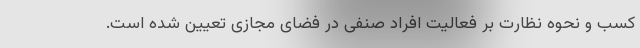
کسب و نحوه نظارت بر فعالیت‌ افراد صنفی در فضای مجازی تعیین شده است.